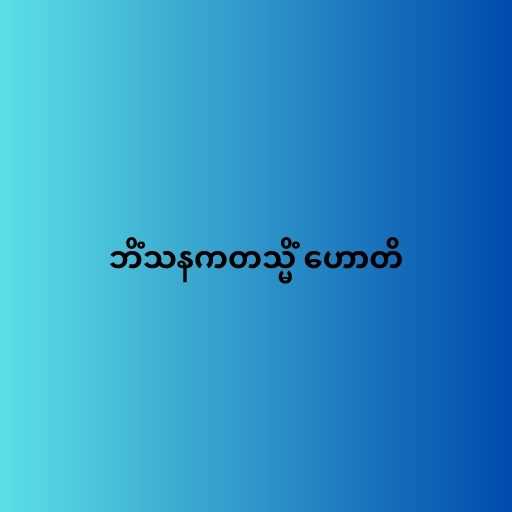
ဘိံသနကတသ္မိံ ဟောတိ